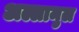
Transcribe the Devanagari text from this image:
अल्लामुल